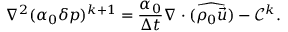
\nabla ^ { 2 } ( \alpha _ { 0 } \delta p ) ^ { k + 1 } = \frac { \alpha _ { 0 } } { \Delta t } \nabla \cdot ( \widehat { \rho _ { 0 } \vec { u } } ) - \mathcal { C } ^ { k } .